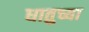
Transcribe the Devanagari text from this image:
धातुच्या